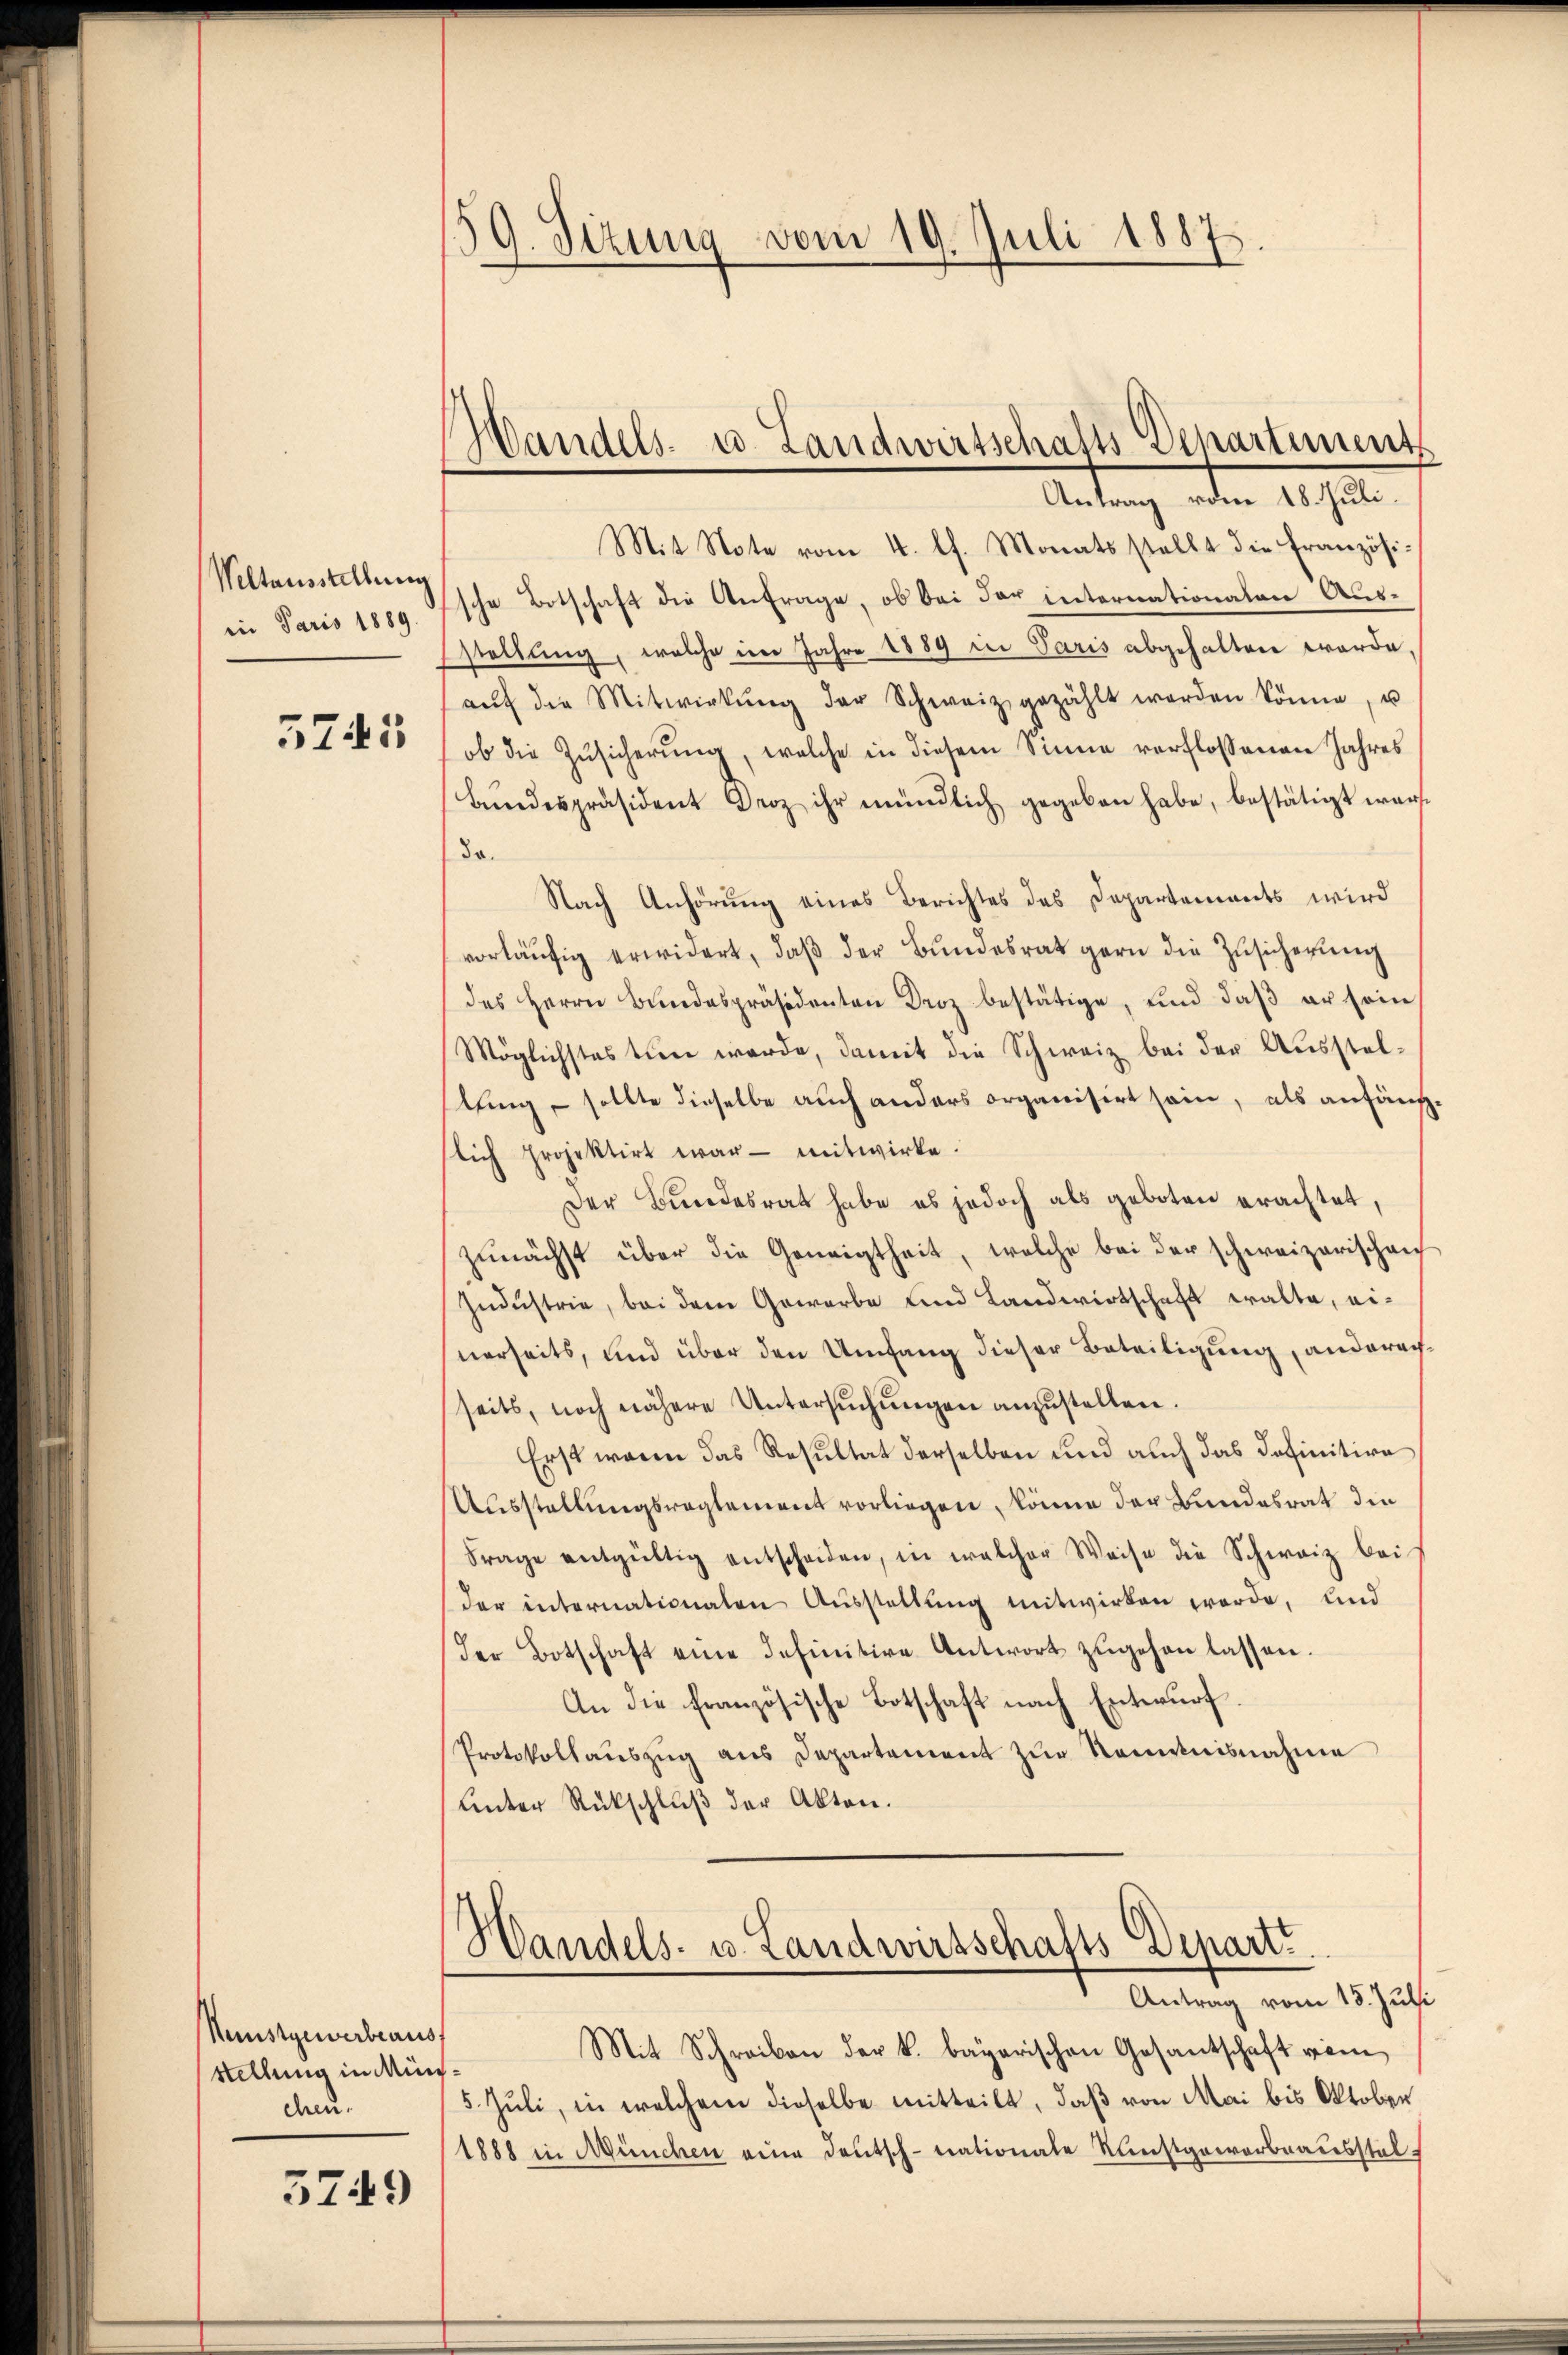
Weltausstellung
in Paris 1889.

5745

Munstgewerbeaus
stellung in München.

3749

¬
G. Sizung vom 19. Juli 1887.

Handels- u. Landwirtschafts Departement
Antag, oder 1792.

Mit Note vom 4. lt. Monatsstellt die Französische Botschaft die Anfrage, ob bei der internationalen Ausstellung, welche im Jahre 1889 in Paris abgehalten werde,
aŭf die Mitwirkŭng der Schweiz gezählt worden könne, u
ob die Zŭsicherŭng, welche in diesem Sinne verflossenen Jahres
Bŭndespräsident Droz ihr mündlich gegeben habe, bestätigt war.
So.
Nach Anhörung eines Berichtes des Departements wird
vorläŭfig erwidert, daβ der Bŭndesrat gern die Zŭsicherŭng
des Herrn Bundespräsidenten Droz bestätige, und daß er sein
Möglichstes tun werde, damit die Schweiz bei der Ausstellung – sollte dieselbe auch anders organisirt sein, als anfänglich Projektirt war mitwirke.
Der Bundesrat habe es jedoch als geboten erachtet,
zunächst über die Geneigtheit, welche bei der schweizerischen
Industrie, bei dem Gewerbe und Landwirtschaft walte, einerseits, und über den Umfang dieser Beteiligung, anderachseits, noch nähere Untersŭchŭngen anzŭstellen.
Erst wenn das Resultat derselben und auch das Definitive
Ausstellungsreglement vorliegen, könne der Bundesrat die
Frage entgültig entscheiden, in welcher Weise die Schweiz bei
der internationalen Aŭsstellŭng mitwirken werde, und
der Botschaft eine definitive Antwort zugehen lassen.
An die französische Botschaft nach Entwurf.
Protokollauszug aus Departement zur Kenntnisnahme
Unter Rückschluß der Akten.
f
Wandels- u. Landwirtschafts Depart.
Antrag vom 15. Juli
Mit Schreiben der k. bayerischen Gesantschaft vien
5. Jŭli, in welchem dieselbe mitteilt, daβ von Mai bis Oktober
1888 in München eine Deutsch-nationale Kunstgewerbrausstel¬